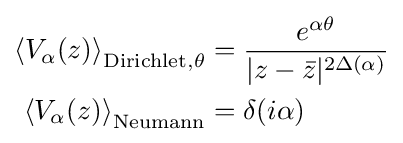
{\begin{aligned}\left\langle V_{\alpha }(z)\right\rangle _{{\text{Dirichlet}},\theta }&={\frac {e^{\alpha \theta }}{|z-{\bar {z}}|^{2\Delta (\alpha )}}}\\\left\langle V_{\alpha }(z)\right\rangle _{\text{Neumann}}&=\delta (i\alpha )\end{aligned}}